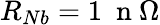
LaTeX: R_{Nb}=1~\mathrm{~n~}\Omega